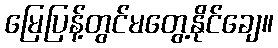
မြေပြန့်တွင်မတွေ့နိုင်ချေ။